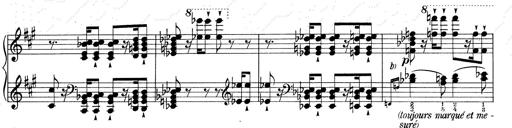
Title: RÃ©miniscences de Don Juan
Composer: Franz Liszt